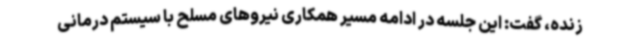
زنده، گفت: این جلسه در ادامه مسیر همکاری نیروهای مسلح با سیستم درمانی